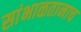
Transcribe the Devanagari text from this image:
सांभाळतानाच